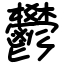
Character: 鬰